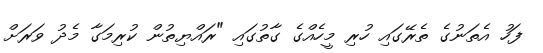
ފަހު އެތަނުގެ ތެރޭގައި ހުރި މީހެއްގެ ގާތުގައި "ރައްޔިތުން ކުރިމަގާ މެދު ވަރަށް